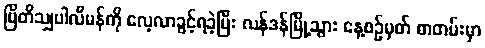
ဗြိတိသျှပါလီမန်ကို လေ့လာခွင့်ရခဲ့ပြီး လန်ဒန်မြို့သွား နေ့စဉ်မှတ် စာတမ်းမှာ